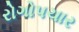
રોગોપચાર